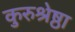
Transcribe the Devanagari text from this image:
कुरुश्रेष्ठा